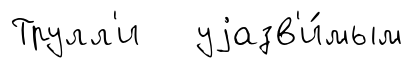
Трулл'и уjазв'и́мым